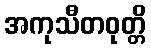
အကုသီတဝုတ္တိ